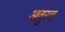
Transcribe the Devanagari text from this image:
आवुरदा